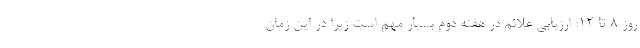
روز ۸ تا ۱۲: ارزیابی علائم در هفته دوم بسیار مهم است زیرا در این زمان